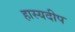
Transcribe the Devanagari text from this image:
हास्यदीप